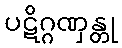
ပဋိဂ္ဂဏှန္တု